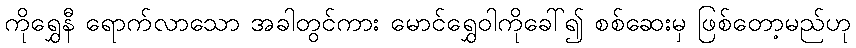
ကိုရွှေနီ ရောက်လာသော အခါတွင်ကား မောင်ရွှေဝါကိုခေါ်၍ စစ်ဆေးမှ ဖြစ်တော့မည်ဟု